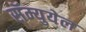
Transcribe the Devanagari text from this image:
सॅम्युयेल